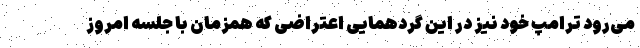
می‌رود ترامپ خود نیز در این گردهمایی اعتراضی که همزمان با جلسه امروز